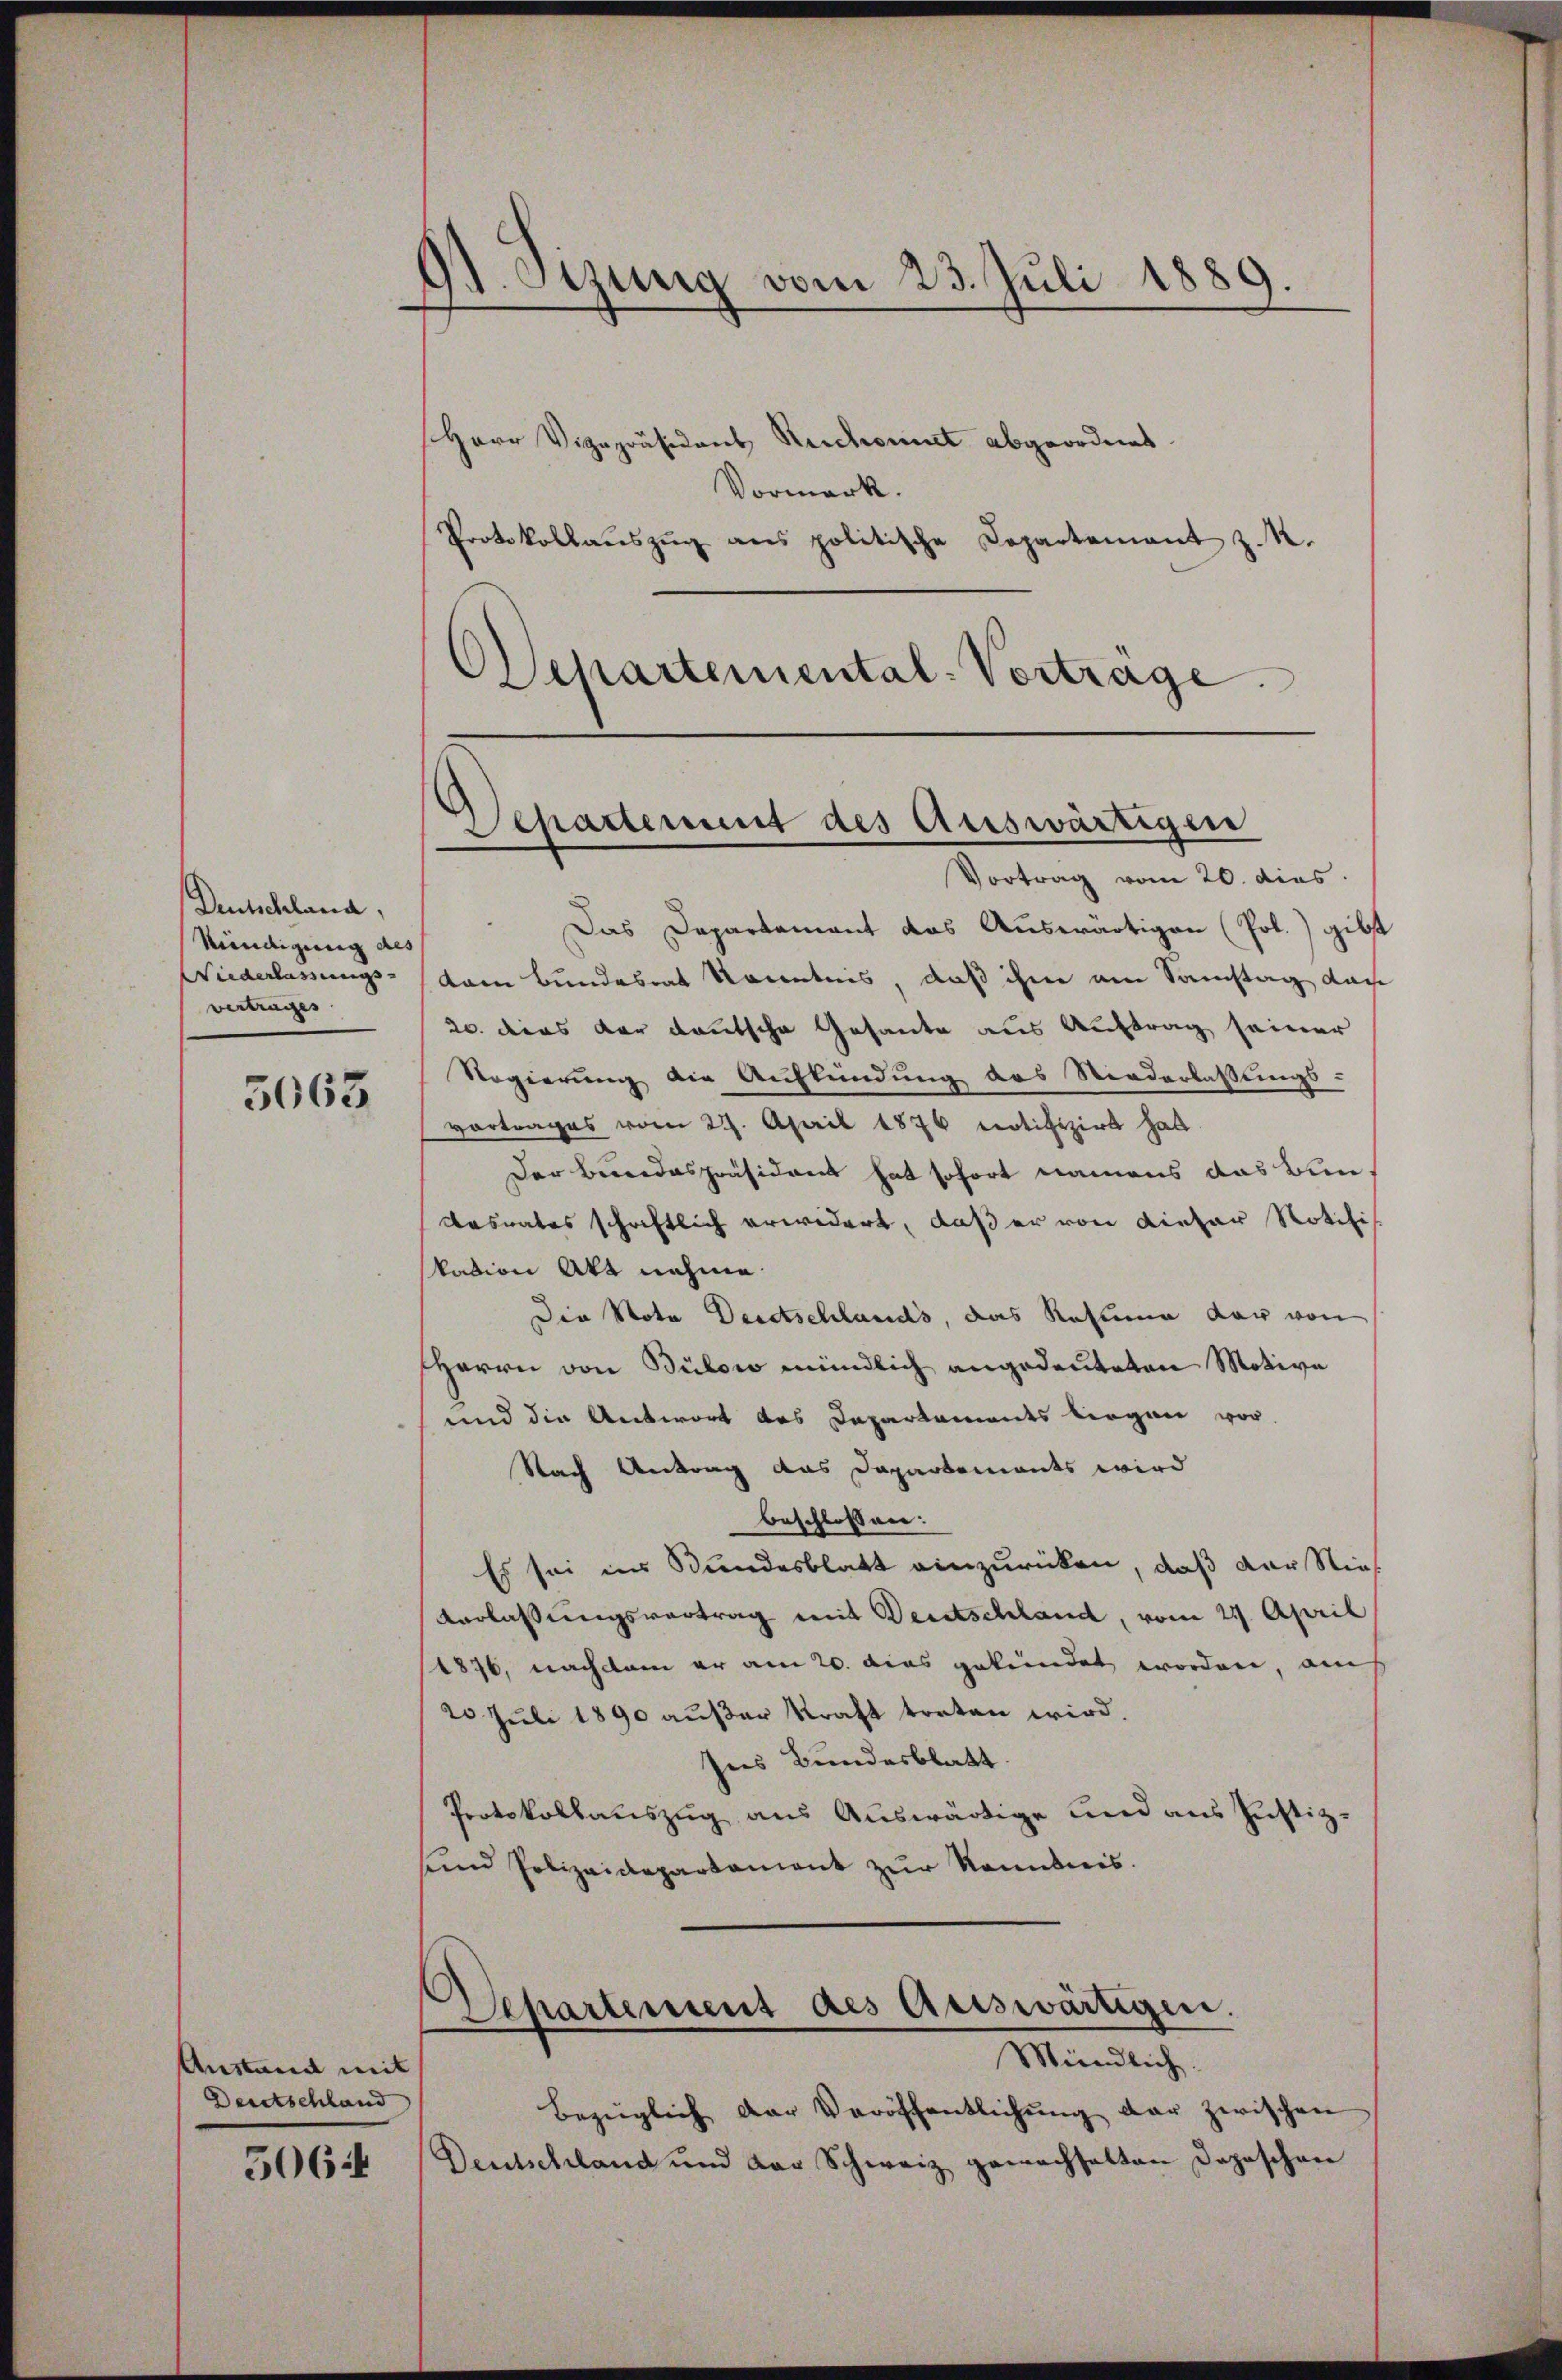
Deutschland,
Mündigung als
Niederlassungsvertrages

5063

Anstand mit
Deutschland

5064

St. Sizung vom 23. Juli 1889.

Departement des Auswärtigen
Vortrag vom 20. dies

Das Departement das Auswärtigen (Pol.) gibt
kam Bundesrat Kenntnis, daß ihm am Samstag dan
20. dies der deutsche Gesante aus Auftrag seiner
Regierung die Aufkündung des Niederlassungs-
vortrages vom 27. April 1876 notifizirt hat.
Der Bereidespräsident hat sofort namens das Bundesrates schriftlich erwidert, daß er von dieser Notifis
kation Akt nehme.
Die Nota Deutschlands, das Restima dar von
Herrn von Bülow mündlich angedeuteten Motive
und die Antwort des Departaments liegen vor
Nach Antrag das Dapartements wird
beschlossen:
Es sei ins Bundesblatt einzuricken, daß der Nie
Verlassungsvertrag mit Deutschland, vom 29. April
1876, nachdem er am 20. dies gekündet worden, auch
20 Juli 1890 außer Kraft treten wird.
Ines Bundesblatt.
Protokollauszug aus Auswärtige und aus Justiz-
und Polizeidepartament zŭr Kenntnis.

Herr Vizepräsidens Reichnet abgeordnet.
Vormerk.
Protokollaŭszŭg ans politische Departement z. R.
Departemental-Vortrage.

Departement des Auswärtigen.
e
Mündlich.

Bezüglich der Veröffentlichung der zwischen
Deutschland und das Schweiz gemachsatten Depeschen